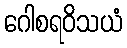
ဂေါစရဝိသယံ